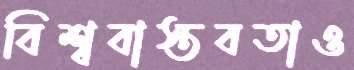
বিশ্ববাস্তবতাও